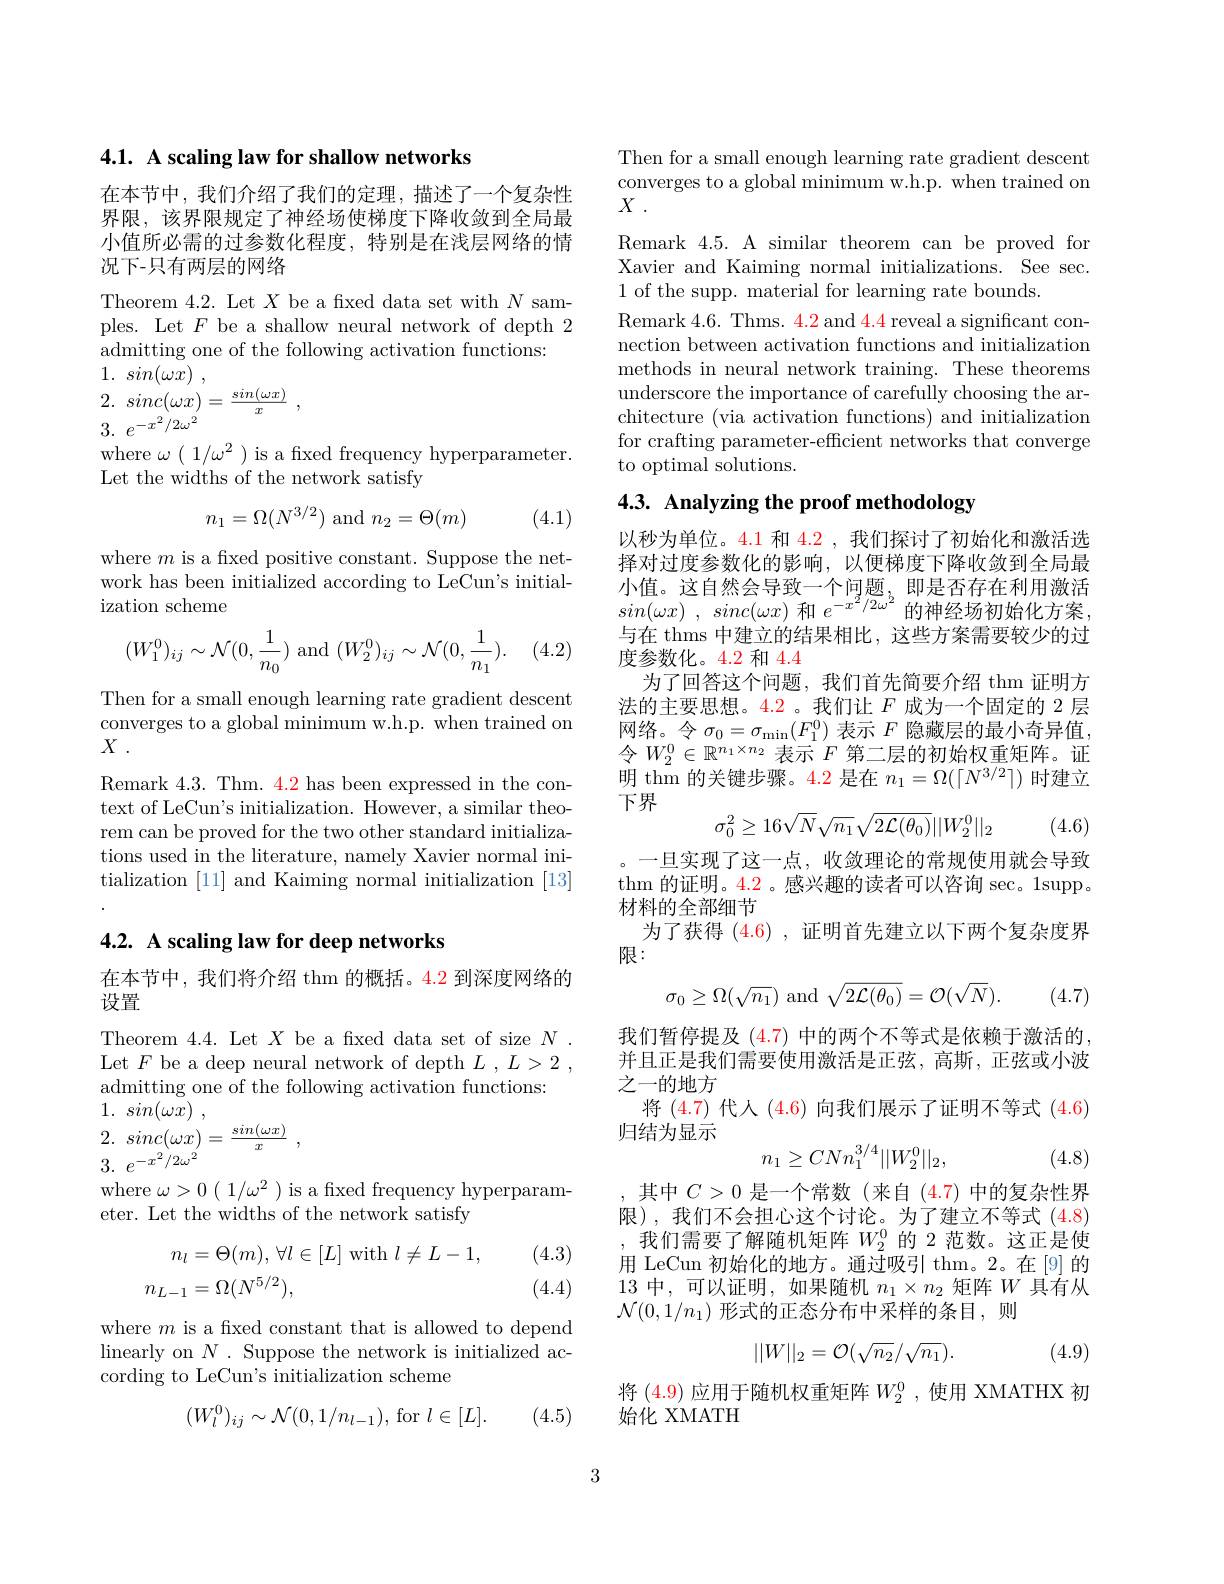
4.1. A scaling law for shallow networks

在本节中，我们介绍了我们的定理，描述了一个复杂性界限，该界限规定了神经场使梯度下降收敛到全局最小值所必需的过参数化程度，特别是在浅层网络的情况下-只有两层的网络

Theorem 4.2. Let $X$ be a fxed data set with $N$ samples. Let $F$ be a shallow neural network of depth 2 admitting one of the following activation functions:
1. $sin( \omega x)$ ,

2. $sinc( \omega x) = \frac {sin( \omega x) }x$ ,
3. $e^{- x^{2}/ 2\omega ^{2}}$

where $\omega(1/\omega^{2})$ is a fixed frequency hyperparameter.
Let the widths of the network satisfy
$$n_1=\Omega(N^{3/2})\text{and}n_2=\Theta(m)$$
(4.1)

where $m$ is a fixed positive constant. Suppose the network has been initialized according to LeCun's initialization scheme

(4.2)
$$(W_1^0)_{ij}\sim\mathcal{N}(0,\frac{1}{n_0})\text{and}(W_2^0)_{ij}\sim\mathcal{N}(0,\frac{1}{n_1}).$$
Then for a small enough learning rate gradient descent converges to a global minimum w.h.p. when trained on $X$ .

Remark 4.3. Thm. 4.2 has been expressed in the context of LeCun's initialization. However, a similar theorem can be proved for the two other standard initializations used in the literature, namely Xavier normal initialization [11] and Kaiming normal initialization [13]

## 4.2. A scaling law for deep networks

在本节中，我们将介绍 thm 的概括。4.2 到深度网络的
设置

Theorem 4.4. Let $X$ be a fxed data set of size $N.$ Let $F$ be a deep neural network of depth $L, L> 2$ , admitting one of the following activation functions:
1. $sin( \omega \dot{x} )$ ,

2. $sinc( \omega x) = \frac {sin( \omega x) }x$
3. $e^{- x^2/ 2\omega ^2}$

where $\omega>0(\begin{array}{c}1/\omega^2\end{array})$ is a fxed frequency hyperparam-
eter. Let the widths of the network satisfy
$$\begin{aligned}n_l&=\Theta(m),\:\forall l\in[L]\:\mathrm{with}\:l\neq L-1,\\n_{L-1}&=\Omega(N^{5/2}),\end{aligned}$$
(4.3) (4.4)

where $m$ is a fixed constant that is allowed to depend linearly on $N$ . Suppose the network is initialized according to LeCun's initialization scheme
$$(W_l^0)_{ij}\sim\mathcal{N}(0,1/n_{l-1}),\:\mathrm{for}\:l\in[L].$$
(4.5)

Then for a small enough learning rate gradient descent converges to a global minimum w.h.p. when trained on $X$ .
Remark 4.5. A similar theorem can be proved for Xavier and Kaiming normal initializations. See sec. 1 of the supp. material for learning rate bounds.
Remark 4.6. Thms. 4.2 and 4.4 reveal a significant connection between activation functions and initialization methods in neural network training. These theorems underscore the importance of carefully choosing the architecture (via activation functions) and initialization for crafting parameter-efficient networks that converge to optimal solutions.

# 4.3. Analyzing the proof methodology

以秒为单位。4.1 和 4.2 , 我们探讨了初始化和激活选择对过度参数化的影响，以便梯度下降收敛到全局最小值。这自然会导致一个问题，即是否存在利用激活$sin( \omega x)$ , $sinc( \omega x)$ 和$e^-x^2/2\omega^2$的神经场初始化方案， 与在 thms 中建立的结果相比，这些方案需要较少的过度参数化。4.2 和 4.4
为了回答这个问题，我们首先简要介绍 thm 证明方法的主要思想。4.2。我们让$F$成为一个固定的 2 层网络。令$\sigma_0=\sigma_{\min}(F_1^0)$表示$F$隐藏层的最小奇异值， 令$W_2^0\in\mathbb{R}^{n_1\times n_2}$表示$F$第二层的初始权重矩阵。证$\tilde{\text{明 thm 的关键步骤。4.2 是在 }}n_1=\Omega(\lceil N^{3/2}\rceil)$时建立下界
$$\sigma_0^2\ge16\sqrt{N}\sqrt{n_1}\sqrt{2\mathcal{L}(\theta_0)}||W_2^0||_2$$
(4.6)

一旦实现了这一点，收敛理论的常规使用就会导致thm 的证明。4.2。感兴趣的读者可以咨询 sec。1supp。材料的全部细节
为了获得(4.6) ,证明首先建立以下两个复杂度界
限：
$$\sigma_0\ge\Omega(\sqrt{n_1})\text{and}\sqrt{2\mathcal{L}(\theta_0)}=\mathcal{O}(\sqrt{N}).$$
(4.7)

我们暂停提及 (4.7) 中的两个不等式是依赖于激活的并且正是我们需要使用激活是正弦，高斯，正弦或小波之一的地方
将 (4.7) 代人 (4.6) 向我们展示了证明不等式 (4.6)
归结为显示
$$n_1\geq CNn_1^{3/4}||W_2^0||_2,$$
(4.8)

其中$C>0$是一个常数(来自(4.7)中的复杂性界限),我们不会担心这个讨论。为了建立不等式 (4.8) ,我们需要了解随机矩阵$W_{2}^{0}$的 2 范数。这正是使用 LeCun 初始化的地方。通过吸引 thm。2。在[9]的13中，可以证明，如果随机$n_1\times n_2$矩阵$W$具有从$\mathcal{N}(0,1/n_1)$形式的正态分布中采样的条目，则
$$||W||_2=\mathcal{O}(\sqrt{n_2}/\sqrt{n_1}).$$
(4.9)

将(4.9)应用于随机权重矩阵$W_2^0$,使用 XMATHX 初
始化 XMATH

3